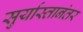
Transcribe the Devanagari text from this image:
सुर्यास्तानंतर